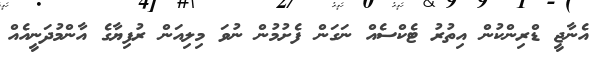
އެނާޖީ ޑްރިންކުން އިތުރު ޓެކްސެއް ނަގަން ފެށުމުން ނުވަ މިލިއަން ރުފިޔާގެ އާންމުދަނީއެއް